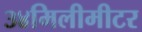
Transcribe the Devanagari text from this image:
३४मिलीमीटर